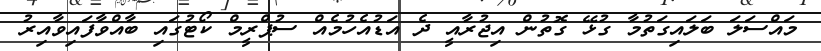
މައްސަލަ ބަލައިގަތުމާ ގުޅޭ ގޮތުން އިޖުރާއީ ދެ އަޑުއެހުމެއް ސުޕްރީމް ކޯޓުގައި ބާއްވާފައިވާއިރު